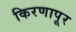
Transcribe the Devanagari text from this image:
किरणापूर